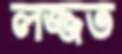
লজ্জত